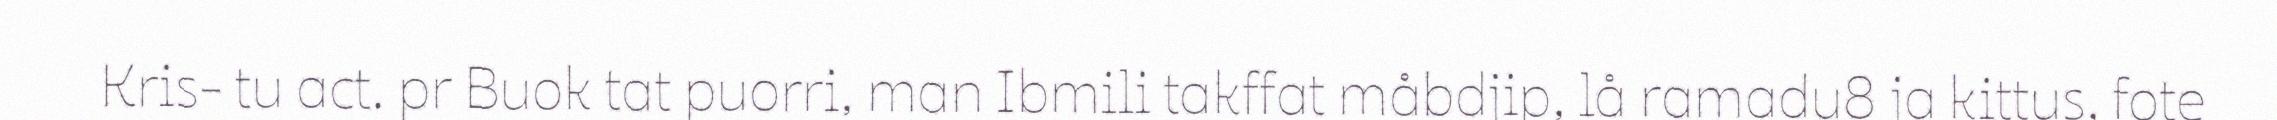
Kris- tu act. pr Buok tat puorri, man Ibmili takffat måbdjip, lå ramadu8 ja kittus, fote